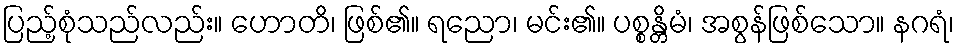
ပြည့်စုံသည်လည်း။ ဟောတိ၊ ဖြစ်၏။ ရညော၊ မင်း၏။ ပစ္စန္တိမံ၊ အစွန်ဖြစ်သော။ နဂရံ၊